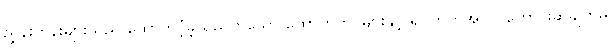
ညွှန်းကိန်းများသည် ထောက်ပံ့ခဲ့သည်ဟူသော ထောက်တိုင်များနှင့် ရပ်ကွက်အပိုင် တောင်းဆိုချက်မှ